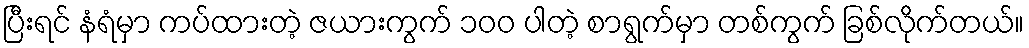
ပြီးရင် နံရံမှာ ကပ်ထားတဲ့ ဇယားကွက် ၁၀၀ ပါတဲ့ စာရွက်မှာ တစ်ကွက် ခြစ်လိုက်တယ်။